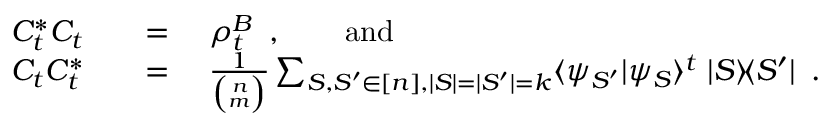
\begin{array} { r l } { C _ { t } ^ { * } C _ { t } \quad } & { = \quad \rho _ { t } ^ { B } \enspace , \qquad \mathrm { a n d } } \\ { C _ { t } C _ { t } ^ { * } \quad } & { = \quad \frac { 1 } { \binom n m } \sum _ { S , S ^ { \prime } \in [ n ] , | S | = | S ^ { \prime } | = k } \langle \psi _ { S ^ { \prime } } | \psi _ { S } \rangle ^ { t } \; | S \rangle \! \langle S ^ { \prime } | \enspace . } \end{array}